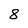
Character: 8